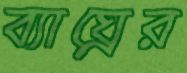
ব্যাঘ্রের